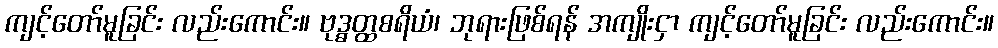
ကျင့်တော်မူခြင်း လည်းကောင်း။ ဗုဒ္ဓတ္ထစရိယံ၊ ဘုရားဖြစ်ရန် အကျိုးငှာ ကျင့်တော်မူခြင်း လည်းကောင်း။